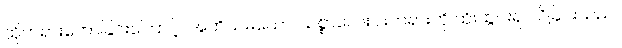
ထိုတရားဟောခြင်းကြောင့်။ အဘိသမယော၊ သစ္စာလေးပါးတရားကို ထိုးထွင်း၍ သိခြင်းသည်။